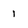
Character: 1